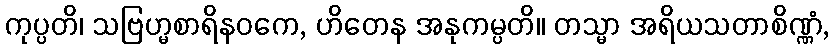
ကုပ္ပတိ၊ သဗြဟ္မစာရိနဝကေ, ဟိတေန အနုကမ္ပတိ။ တသ္မာ အရိယသတာစိဏ္ဏံ,